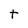
Character: t